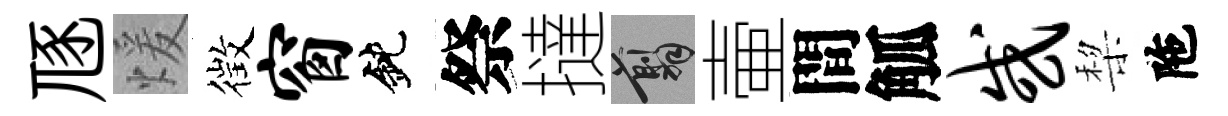
豗煖徴窗鈍祭撻翦壷間觚或棃陁